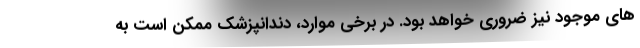
های موجود نیز ضروری خواهد بود. در برخی موارد، دندانپزشک ممکن است به